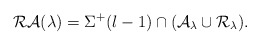
\begin{align*}\mathcal{RA}(\lambda)= \Sigma^+(l-1)\cap (\mathcal A_\lambda\cup \mathcal R_\lambda).\end{align*}